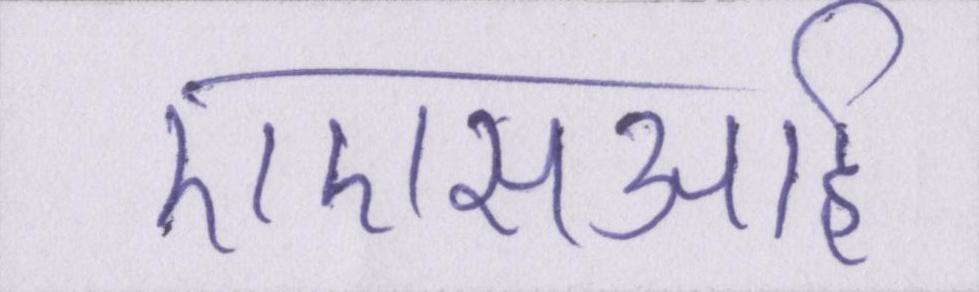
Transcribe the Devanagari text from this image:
एएसआई